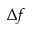
\Delta { f }